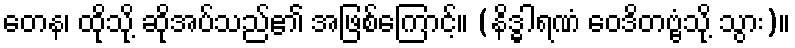
တေန၊ ထိုသို့ ဆိုအပ်သည်၏ အဖြစ်ကြောင့်။ (နိဒ္ဓါရဏံ ဝေဒိတဗ္ဗံသို့ သွား)။